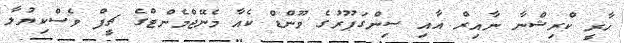
ހާރީ ކްރިޝްނާ ނާއިރް އާއި ސިންގަޕޫރުގެ ވޫންޑް ކެއާ މެނޭޖްމެންޓްގެ ޗީފް ވެސްކިޔުލާ